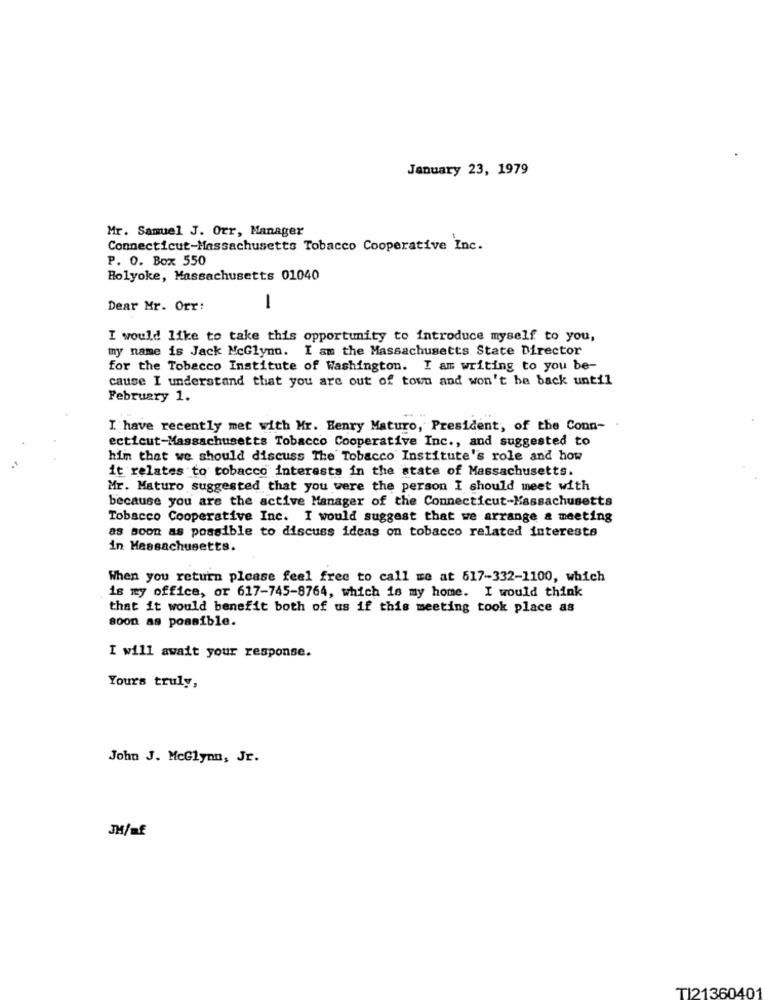
January 23, 1979
Mr. Samuel J. Orr, Manager
Connecticut-Massachusetts Tobacco Cooperative Inc.
P. O. Box 550
Holyoke, Massachusetts 01040
Dear Mr. Orr:
1
I would like to take this opportunity to introduce myself to you,
my name is Jack McGlynn. I am the Massachusetts State Director
for the Tobacco Institute of Washington. I am writing to you be-
cause I understand that you are out of town and won't be back until
February 1.
I have recently met with Mr. Henry Maturo, President, of the Conn-
ecticut-Massachusetts Tobacco Cooperative Inc ., and suggested to
him that we should discuss The Tobacco Institute's role and how
it relates to tobacco interests in the state of Massachusetts.
Mr. Maturo suggested that you were the person I should meet with
because you are the active Manager of the Connecticut-Massachusetts
Tobacco Cooperative Inc. I would suggest that we arrange & meeting
as soon as possible to discuss ideas on tobacco related interests
in Massachusetts.
When you return please feel free to call me at 617-332-1100, which
is my office, or 617-745-8764, which is my home. I would think
that it would benefit both of us if this meeting took place as
soon as possible.
I will await your response.
Yours truly,
John J. McGlynn, Jr.
JH/nf
TI21360401